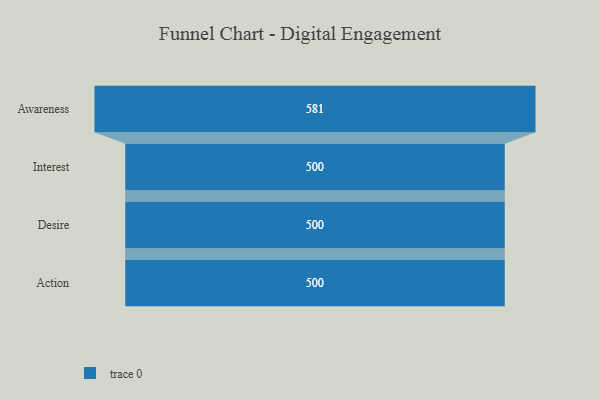
{"axis": {"x": "Stage", "y": "Value"}, "legend": [""], "data": [{"x": "Awareness", "y": 581.0, "type": ""}, {"x": "Interest", "y": 500, "type": ""}, {"x": "Desire", "y": 500, "type": ""}, {"x": "Action", "y": 500, "type": ""}]}